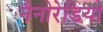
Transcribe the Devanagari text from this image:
नैनोरेडियो